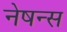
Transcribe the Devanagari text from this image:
नेषन्स